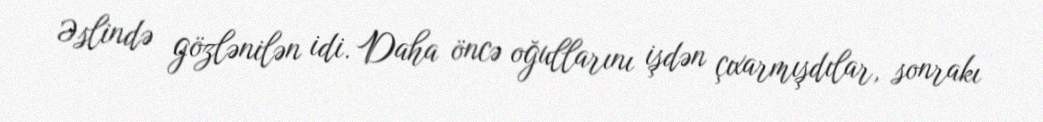
Əslində gözlənilən idi. Daha öncə oğullarını işdən çıxarmışdılar, sonrakı